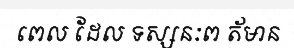
ពេល ដែល ទស្សនៈព ត័មាន